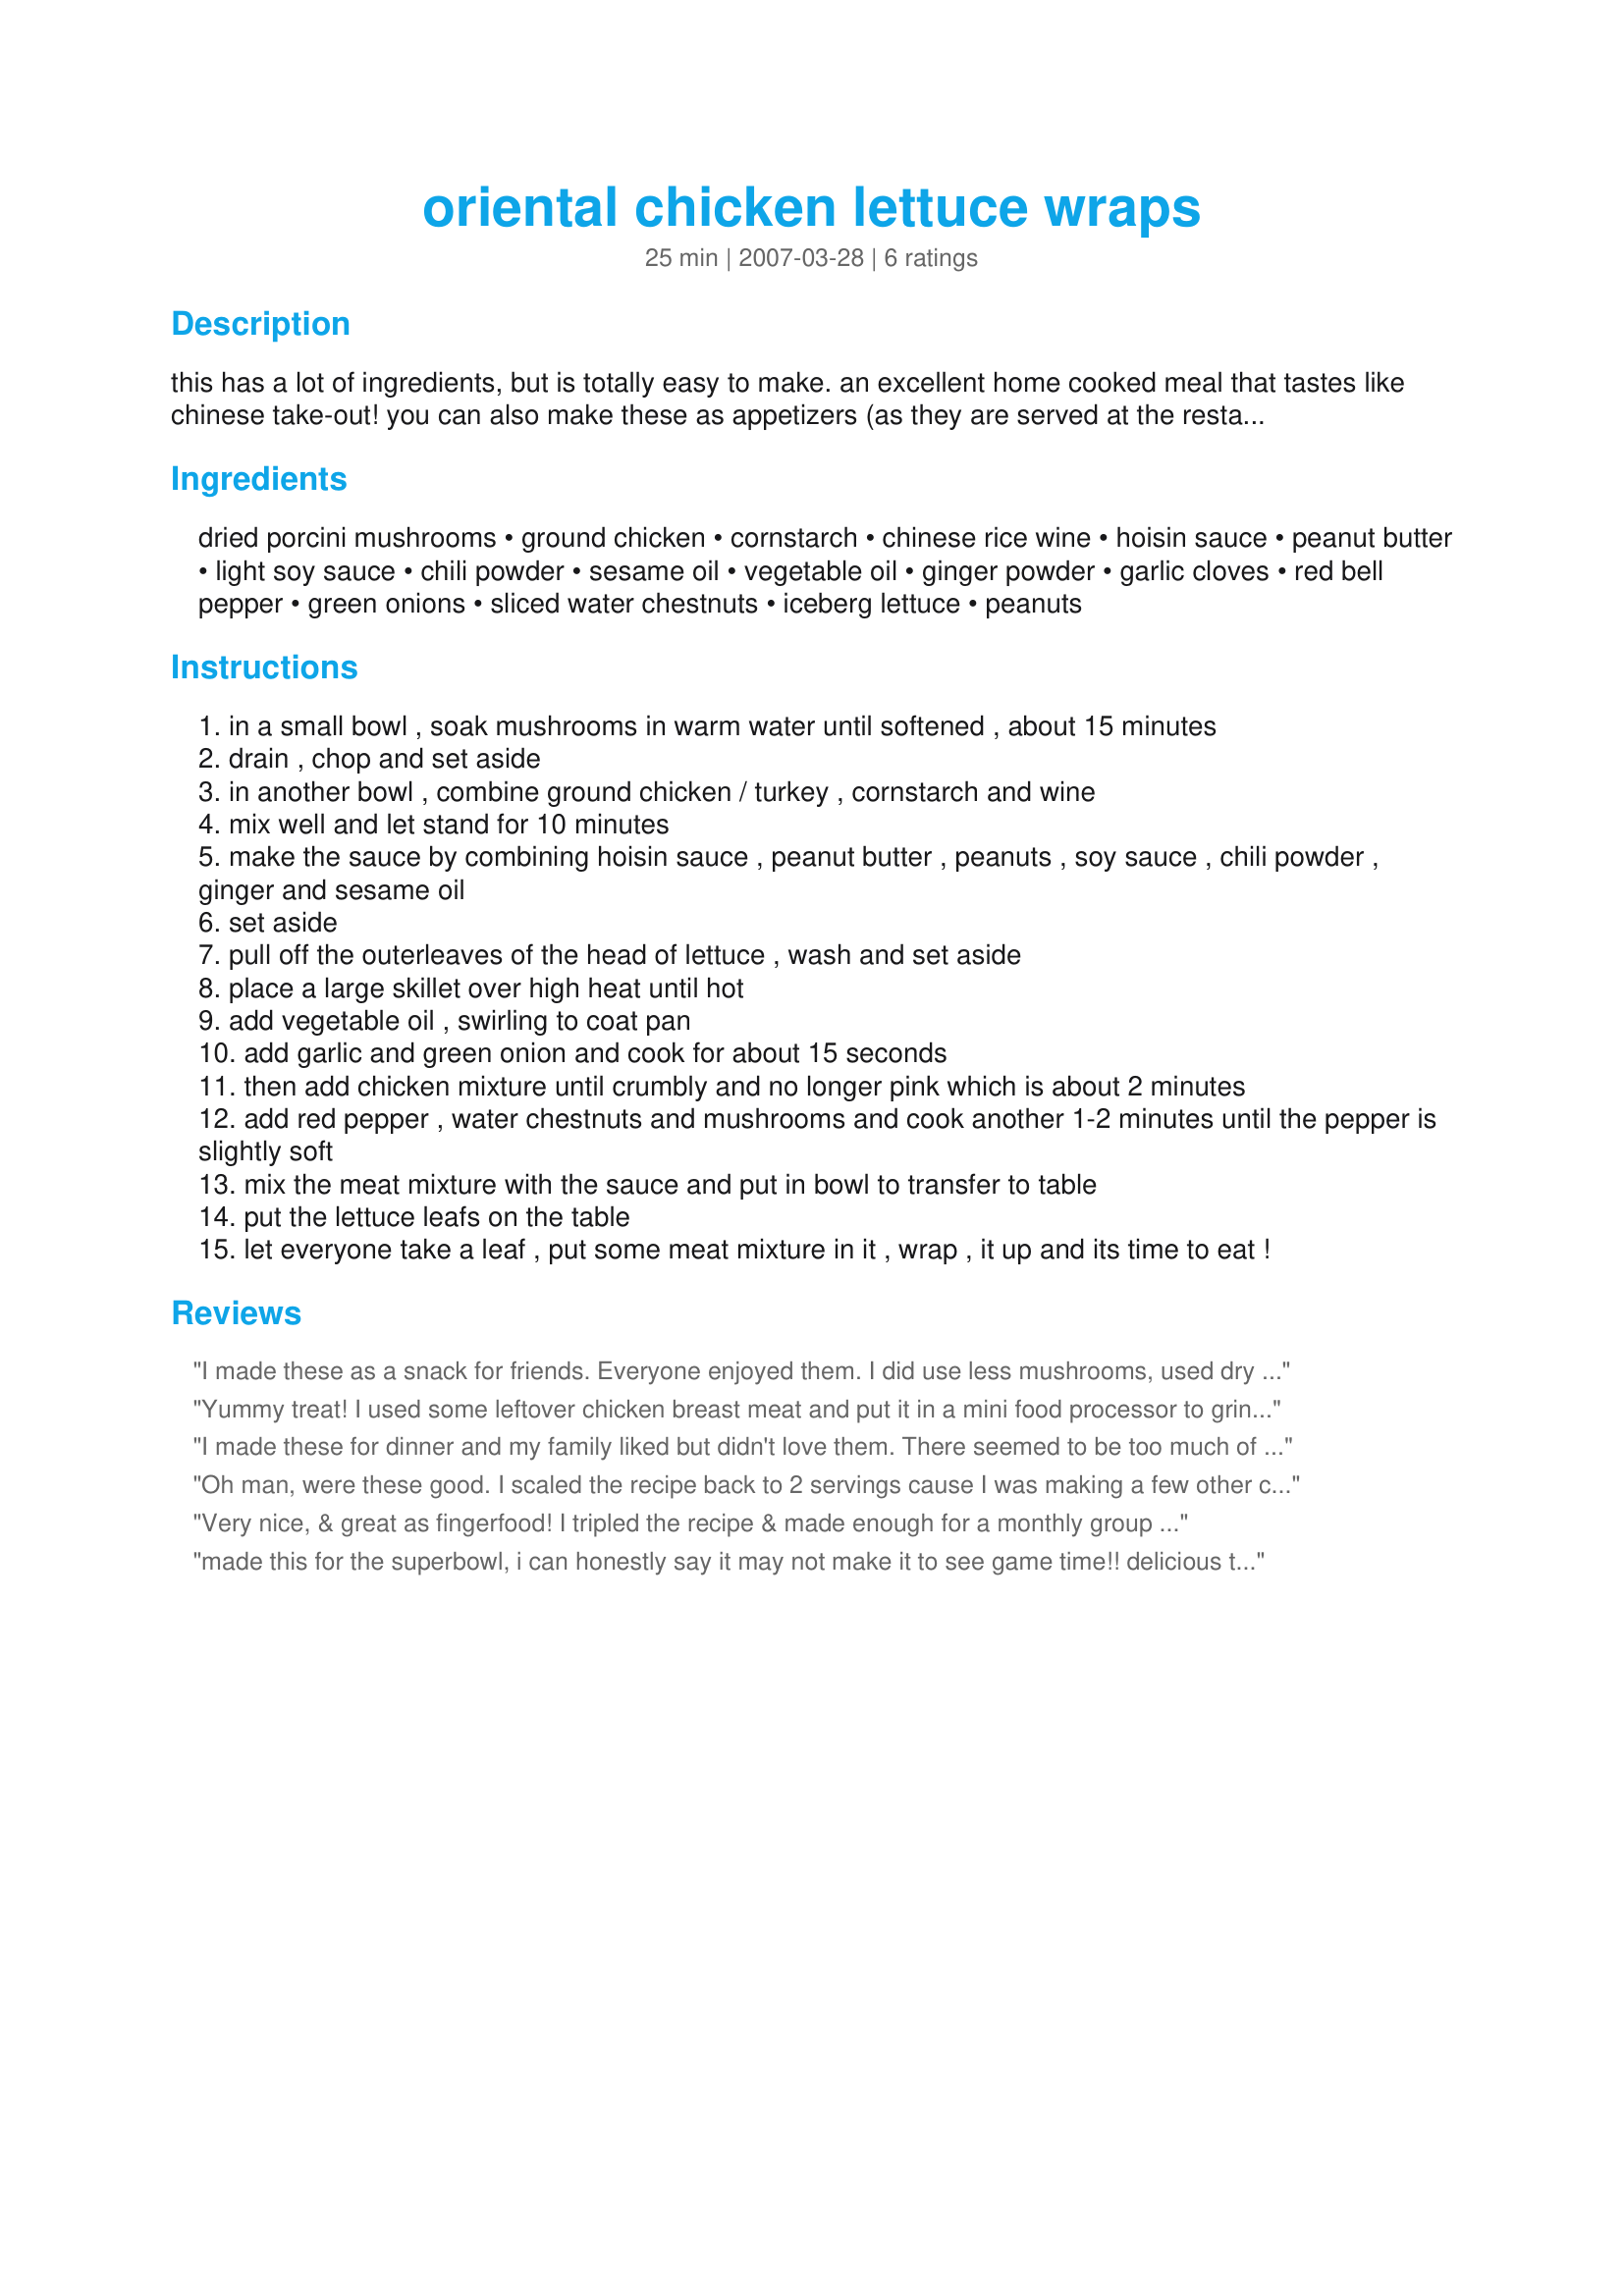
oriental chicken lettuce wraps
Preparation time: 25 minutes

this has a lot of ingredients, but is totally easy to make. an excellent home cooked meal that tastes like chinese take-out! you can also make these as appetizers (as they are served at the restaurants such as pf changs).

Ingredients:
dried porcini mushrooms, ground chicken, cornstarch, chinese rice wine, hoisin sauce, peanut butter, light soy sauce, chili powder, sesame oil, vegetable oil, ginger powder, garlic cloves, red bell pepper, green onions, sliced water chestnuts, iceberg lettuce, peanuts

Steps:
in a small bowl , soak mushrooms in warm water until softened , about 15 minutes
drain , chop and set aside
in another bowl , combine ground chicken / turkey , cornstarch and wine
mix well and let stand for 10 minutes
make the sauce by combining hoisin sauce , peanut butter , peanuts , soy sauce , chili powder , ginger and sesame oil
set aside
pull off the outerleaves of the head of lettuce , wash and set aside
place a large skillet over high heat until hot
add vegetable oil , swirling to coat pan
add garlic and green onion and cook for about 15 seconds
then add chicken mixture until crumbly and no longer pink which is about 2 minutes
add red pepper , water chestnuts and mushrooms and cook another 1-2 minutes until the pepper is slightly soft
mix the meat mixture with the sauce and put in bowl to transfer to table
put the lettuce leafs on the table
let everyone take a leaf , put some meat mixture in it , wrap , it up and its time to eat !

Reviews:
I made these as a snack for friends. Everyone enjoyed them. I did use less mushrooms, used dry white wine and half the water chestnuts. Thank You. [Made and reviewed for Aus/NZ recipe swap #19, Aug 08].
Yummy treat! I used some leftover chicken breast meat and put it in a mini food processor to grind it up. This had a nice taste and all of the ingredients complemented each other. I felt that it was a little thick for my taste, so next time would add a little more liquid to make it a softer mix. Thanks JanuaryBride for a nice snack. Made for ZWT6 for the Unrulies Under the Influence.
I made these for dinner and my family liked but didn't love them. There seemed to be too much of the peanut butter flavor for us. It could just be our personal tastes. It's such a neat idea and we had fun rolling the mixture up into lettuce leaves. Thanks for posting. :)
Oh man, were these good. I scaled the recipe back to 2 servings cause I was making a few other chicken recipes and we all thought this one was the best. The kids couldn't get enough and I have promised to make this again (after the tourLOL). It came together very quickly and easily. Thanks!
Very nice, & great as fingerfood! I tripled the recipe & made enough for a monthly group that I host, & these wraps were a big hit! More often than not I don't include mushrooms, but this time the recipe was followed ~ OUTSTANDING taste! Thanks for sharing! [Made & reviewed as a bonus tag for one of my invitees to Aus/NZ Recipe Swap #14, Mar 08]
made this for the superbowl, i can honestly say it may not make it to see game time!! delicious treat!!!!
